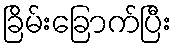
ခြိမ်းခြောက်ပြီး